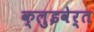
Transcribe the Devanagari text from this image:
क्लुइवेर्त